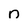
Character: n